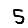
Digit: 5